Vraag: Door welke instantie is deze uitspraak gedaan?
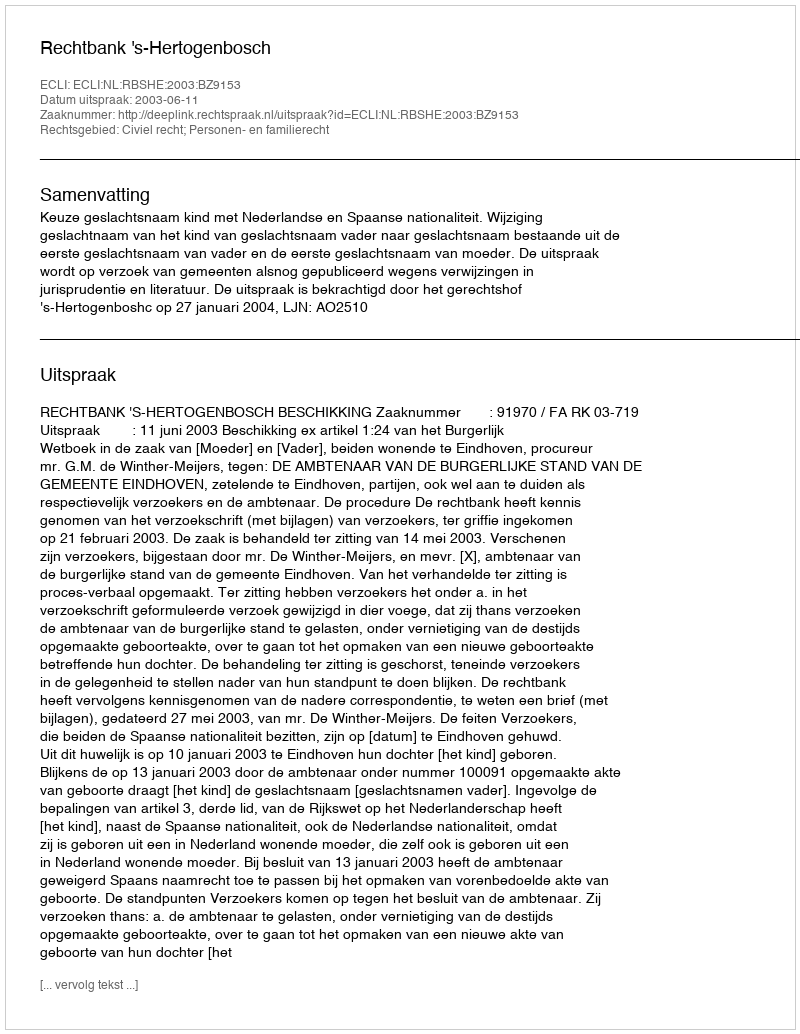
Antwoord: Rechtbank 's-Hertogenbosch